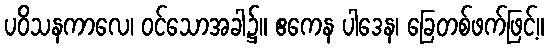
ပဝိသနကာလေ၊ ဝင်သောအခါ၌။ ဧကေန ပါဒေန၊ ခြေတစ်ဖက်ဖြင့်။